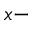
x -